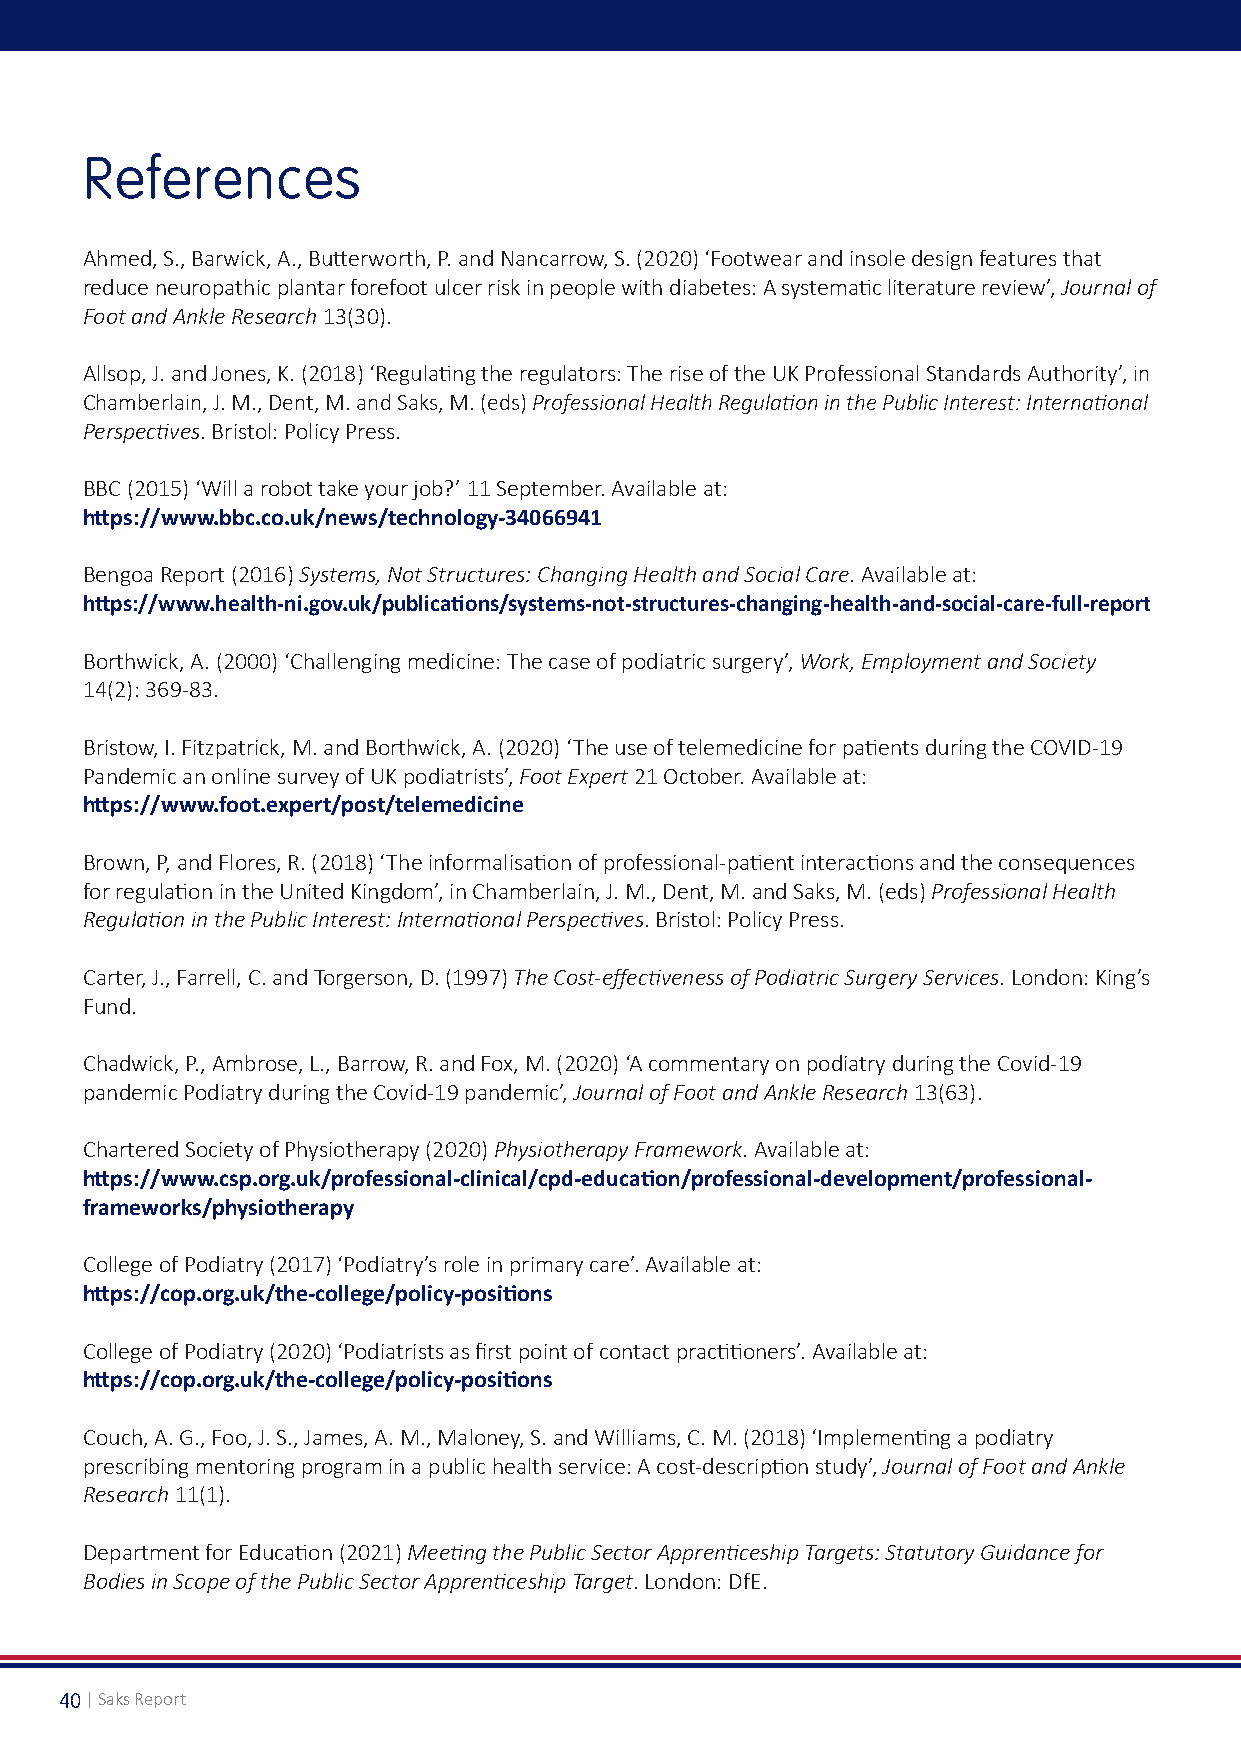
References
 Ahmed, S., Barwick, A., Butterworth, P. and Nancarrow, S. (2020) ‘Footwear and insole design features that
 reduce neuropathic plantar forefoot ulcer risk in people with diabetes: A systematic literature review’, Journal of
 Foot and Ankle Research 13(30).
 Allsop, J. and Jones, K. (2018) ‘Regulating the regulators: The rise of the UK Professional Standards Authority’, in
 Chamberlain, J. M., Dent, M. and Saks, M. (eds) Professional Health Regulation in the Public Interest: International
 Perspectives. Bristol: Policy Press.
 BBC (2015) ‘Will a robot take your job?’ 11 September. Available at:
 https://www.bbc.co.uk/news/technology-34066941
 Bengoa Report (2016) Systems, Not Structures: Changing Health and Social Care. Available at:
 https://www.health-ni.gov.uk/publications/systems-not-structures-changing-health-and-social-care-full-report
 Borthwick, A. (2000) ‘Challenging medicine: The case of podiatric surgery’, Work, Employment and Society
 14(2): 369-83.
 Bristow, I. Fitzpatrick, M. and Borthwick, A. (2020) ‘The use of telemedicine for patients during the COVID-19
 Pandemic an online survey of UK podiatrists’, Foot Expert 21 October. Available at:
 https://www.foot.expert/post/telemedicine
 Brown, P, and Flores, R. (2018) ‘The informalisation of professional-patient interactions and the consequences
 for regulation in the United Kingdom’, in Chamberlain, J. M., Dent, M. and Saks, M. (eds) Professional Health
 Regulation in the Public Interest: International Perspectives. Bristol: Policy Press.
 Carter, J., Farrell, C. and Torgerson, D. (1997) The Cost-effectiveness of Podiatric Surgery Services. London: King’s
 Fund.
 Chadwick, P., Ambrose, L., Barrow, R. and Fox, M. (2020) ‘A commentary on podiatry during the Covid-19
 pandemic Podiatry during the Covid-19 pandemic’, Journal of Foot and Ankle Research 13(63).
 Chartered Society of Physiotherapy (2020) Physiotherapy Framework. Available at:
 https://www.csp.org.uk/professional-clinical/cpd-education/professional-development/professional-
 frameworks/physiotherapy
 College of Podiatry (2017) ‘Podiatry’s role in primary care’. Available at:
 https://cop.org.uk/the-college/policy-positions
 College of Podiatry (2020) ‘Podiatrists as first point of contact practitioners’. Available at:
 https://cop.org.uk/the-college/policy-positions
 Couch, A. G., Foo, J. S., James, A. M., Maloney, S. and Williams, C. M. (2018) ‘Implementing a podiatry
 prescribing mentoring program in a public health service: A cost-description study’, Journal of Foot and Ankle
 Research 11(1).
 Department for Education (2021) Meeting the Public Sector Apprenticeship Targets: Statutory Guidance for
 Bodies in Scope of the Public Sector Apprenticeship Target. London: DfE.
 40 | Saks Report